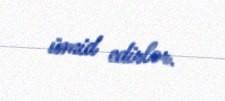
ümid edirlər.